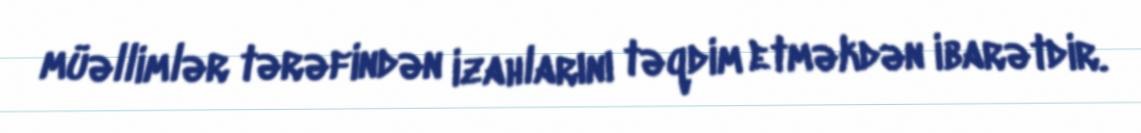
müəllimlər tərəfindən izahlarını təqdim etməkdən ibarətdir.